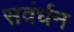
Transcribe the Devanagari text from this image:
सवंर्धन